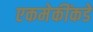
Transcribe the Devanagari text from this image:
एकमेकींकडे